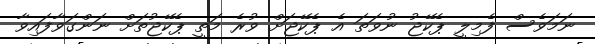
ނަމަވެސް ފެމިލީ ޕެކޭޖު ނުވަތަ އެ ޕެކޭޖަށް ވުރެ މަތީ ޕެކޭޖުތަށް ނަންގަވާފައިވާ